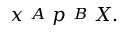
x \ { \overset { A } { \doublebarwedge } } \ p \ { \overset { B } { \doublebarwedge } } \ X .